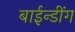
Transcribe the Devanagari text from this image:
बाईन्डींग